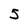
Character: 5